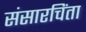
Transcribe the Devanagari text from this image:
संसारचिंता